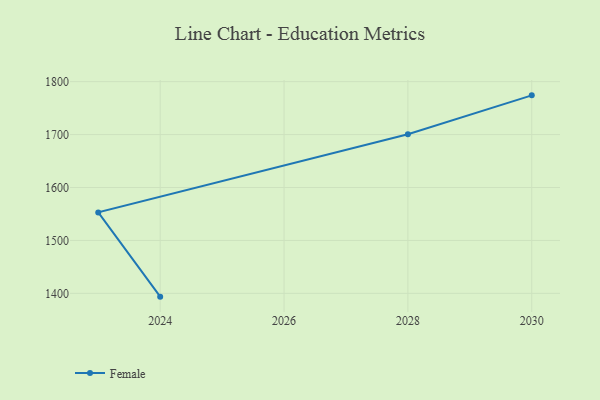
{"axis": {"x": "Year", "y": "Demand Index"}, "legend": ["Female"], "data": [{"x": "2030", "y": 1774.1, "type": "Female"}, {"x": "2028", "y": 1700.6, "type": "Female"}, {"x": "2023", "y": 1553.0, "type": "Female"}, {"x": "2024", "y": 1393.8, "type": "Female"}]}